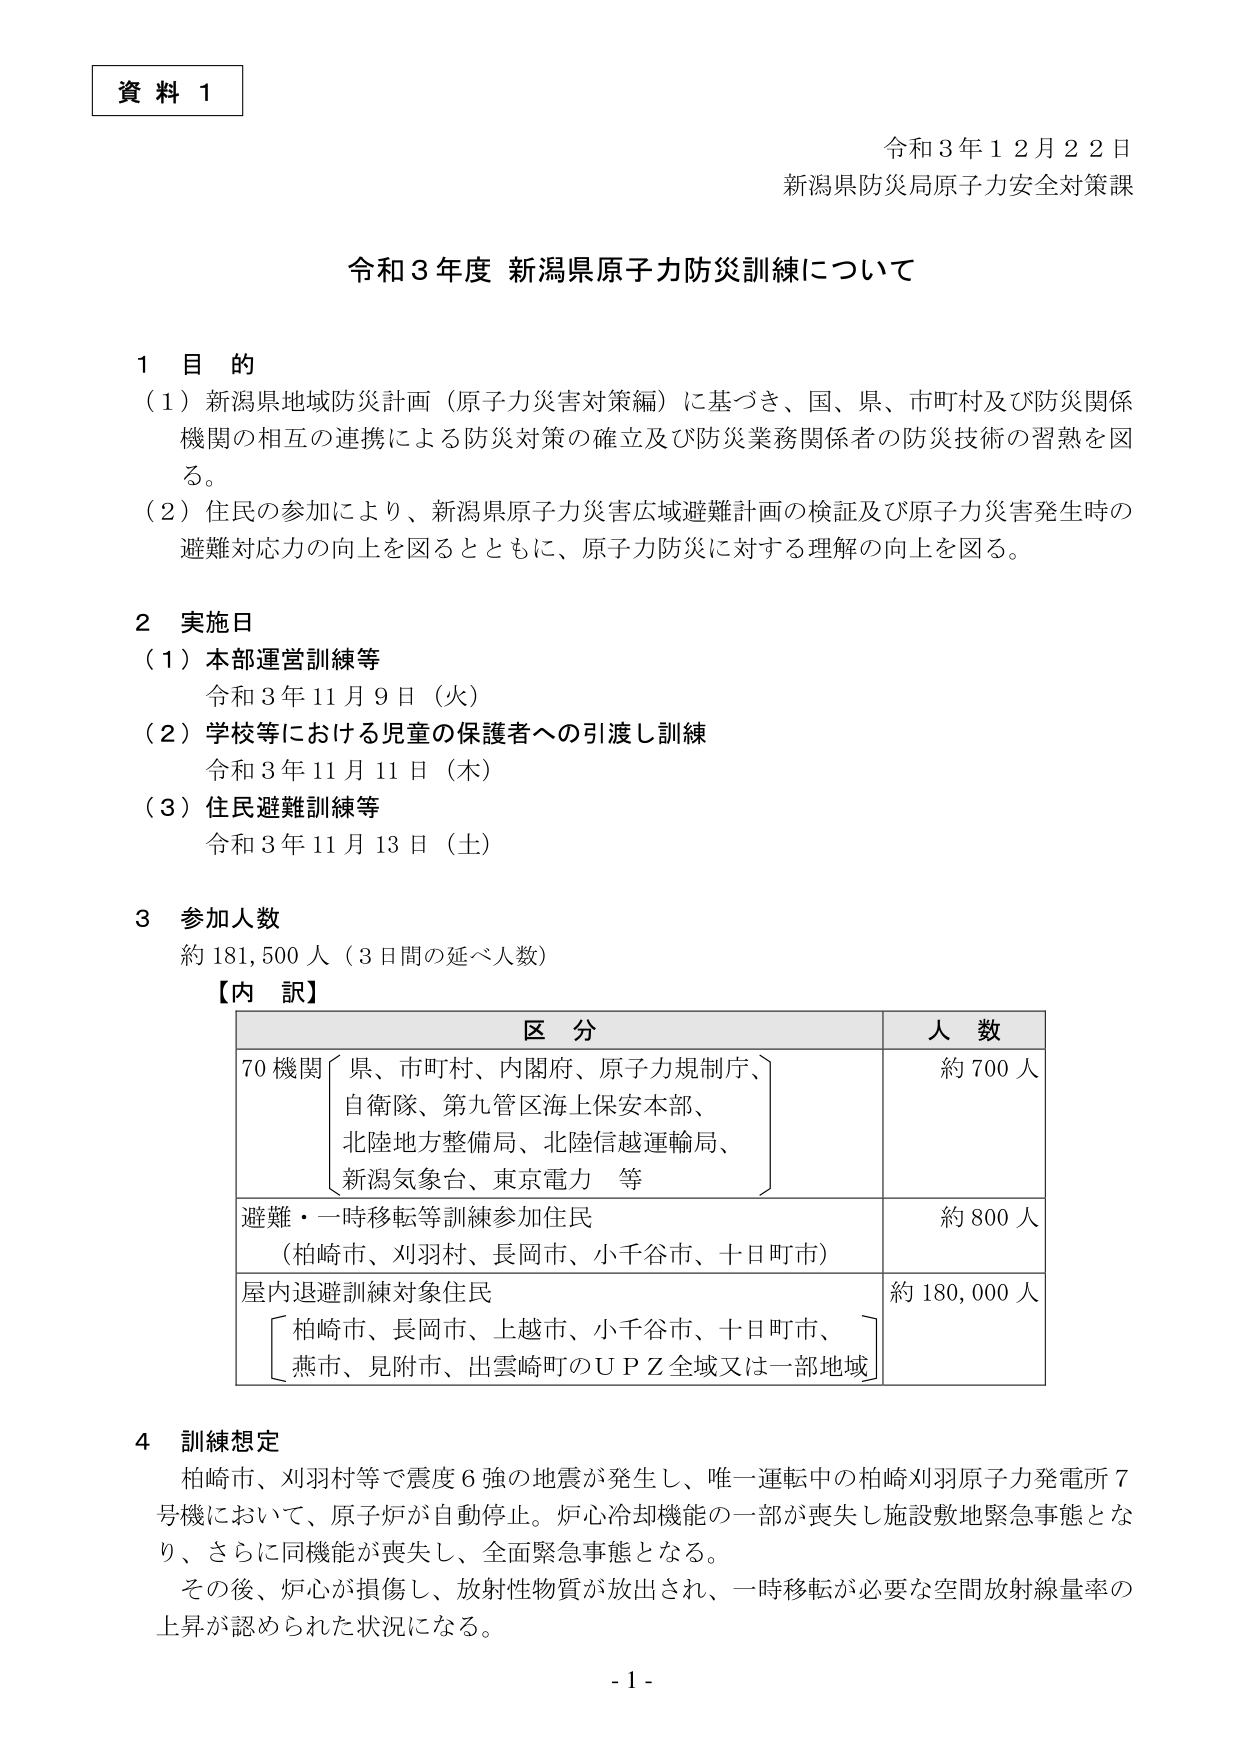
資料１

令和３年１２月２２日
新潟県防災局原子力安全対策課

令和３年度 新潟県原子力防災訓練について

１ 目的
（１）新潟県地域防災計画（原子力災害対策編）に基づき、国、県、市町村及び防災関係機関の相互の連携による防災対策の確立及び防災業務関係者の防災技術の習熟を図る。
（２）住民の参加により、新潟県原子力災害広域避難計画の検証及び原子力災害発生時の避難対応力の向上を図るとともに、原子力防災に対する理解の向上を図る。

２ 実施日
（１）本部運営訓練等
　　令和３年１１月９日（火）
（２）学校等における児童の保護者への引渡し訓練
　　令和３年１１月１１日（木）
（３）住民避難訓練等
　　令和３年１１月１３日（土）

３ 参加人数
　約１８１，５００人（３日間の延べ人数）
　【内訳】
　　区 分　　　　　　　　　　　　　　　　　　　　　　　　　　　　　　　　　　　　人 数
　　７０機関〔県、市町村、内閣府、原子力規制庁、
　　　　　　自衛隊、第九管区海上保安本部、
　　　　　　北陸地方整備局、北陸信越運輸局、
　　　　　　新潟気象台、東京電力　等〕　　　　　　　　　　　　　　　　　　　　約７００人
　　避難・一時移転等訓練参加住民
　　　（柏崎市、刈羽村、長岡市、小千谷市、十日町市）　　　　　　　　　　　　約８００人
　　屋内退避訓練対象住民
　　　〔柏崎市、長岡市、上越市、小千谷市、十日町市、
　　　　　燕市、見附市、出雲崎町のＵＰＺ全域又は一部地域〕　　　　　　　　　　約１８０，０００人

４ 訓練想定
　柏崎市、刈羽村等で震度６強の地震が発生し、唯一運転中の柏崎刈羽原子力発電所７号機において、原子炉が自動停止。炉心冷却機能の一部が喪失し施設敷地緊急事態となり、さらに同機能が喪失し、全面緊急事態となる。
　その後、炉心が損傷し、放射性物質が放出され、一時移転が必要な空間放射線量率の上昇が認められた状況になる。

- 1 -